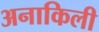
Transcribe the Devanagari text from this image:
अनाकिली